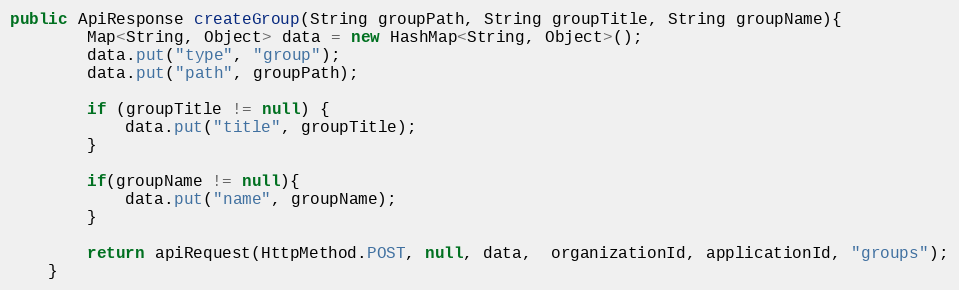
Language: Java
public ApiResponse createGroup(String groupPath, String groupTitle, String groupName){
        Map<String, Object> data = new HashMap<String, Object>();
        data.put("type", "group");
        data.put("path", groupPath);

        if (groupTitle != null) {
            data.put("title", groupTitle);
        }

        if(groupName != null){
            data.put("name", groupName);
        }

        return apiRequest(HttpMethod.POST, null, data,  organizationId, applicationId, "groups");
    }